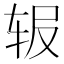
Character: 𬨅